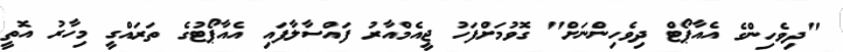
"ދިވެހިންގެ އެއާޕޯޓް ދިވެހިންނަށް" ގޮވުމަށްފަހު ޖީއެމްއާރު ފައްސާލާފައި އެއާޕޯޓުގެ ތަރައްގީ މިހާރު އޮތީ